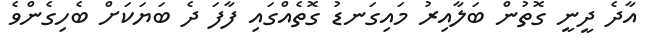
އާދެ ދީނީ ގޮތުން ބަލާއިރު މައިގަނޑު ގޮތެއްގައި ފާފަ ދެ ބަޔަކަށް ބެހިގެންވެ